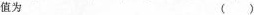
值为 ()